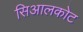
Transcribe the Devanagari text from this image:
सिआलकोट